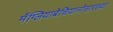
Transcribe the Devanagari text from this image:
मॅग्लियाबेचियानोसारख्या